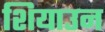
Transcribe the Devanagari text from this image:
शियाउन